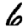
Digit: 6